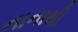
નાનાથી